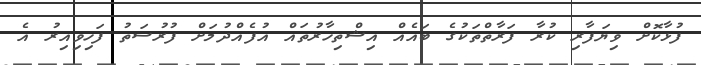
ފުޅާކޮށް ވިޔަފާރި ކުރާ ފަރާތްތަކުގެ ބައެއް އިޝްތިހާރުތައް އުފެއްދުމަށް ފުރުސަތު ފަހިވިއިރު އެ